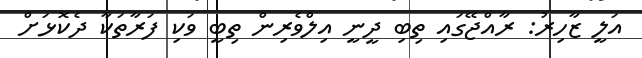
އަލީ ޒާހިރު: ރާއްޖޭގައި ތިބި ދީނީ އިލްވެރިން ތިބީ ވަކި ފަރާތަކާ ދެކޮޅަށް